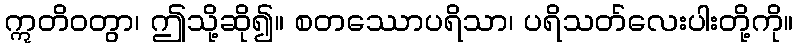
ဣတိဝတွာ၊ ဤသို့ဆို၍။ စတဿောပရိသာ၊ ပရိသတ်လေးပါးတို့ကို။